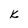
Character: k